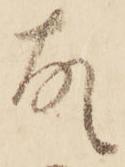
故